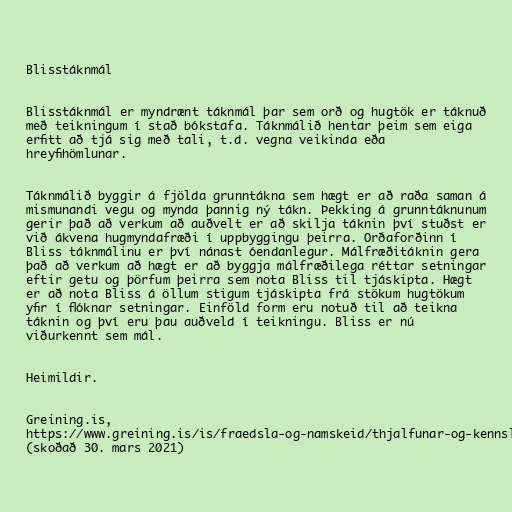
Blisstáknmál

Blisstáknmál er myndrænt táknmál þar sem orð og hugtök er táknuð
með teikningum í stað bókstafa. Táknmálið hentar þeim sem eiga
erfitt að tjá sig með tali, t.d. vegna veikinda eða
hreyfihömlunar.

Táknmálið byggir á fjölda grunntákna sem hægt er að raða saman á
mismunandi vegu og mynda þannig ný tákn. Þekking á grunntáknunum
gerir það að verkum að auðvelt er að skilja táknin því stuðst er
við ákvena hugmyndafræði í uppbyggingu þeirra. Orðaforðinn í
Bliss táknmálinu er því nánast óendanlegur. Málfræðitáknin gera
það að verkum að hægt er að byggja málfræðilega réttar setningar
eftir getu og þörfum þeirra sem nota Bliss til tjáskipta. Hægt
er að nota Bliss á öllum stigum tjáskipta frá stökum hugtökum
yfir í flóknar setningar. Einföld form eru notuð til að teikna
táknin og því eru þau auðveld í teikningu. Bliss er nú
viðurkennt sem mál.

Heimildir.

Greining.is,
https://www.greining.is/is/fraedsla-og-namskeid/thjalfunar-og-kennsluadferdir/bliss
(skoðað 30. mars 2021)